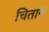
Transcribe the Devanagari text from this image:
चिताने